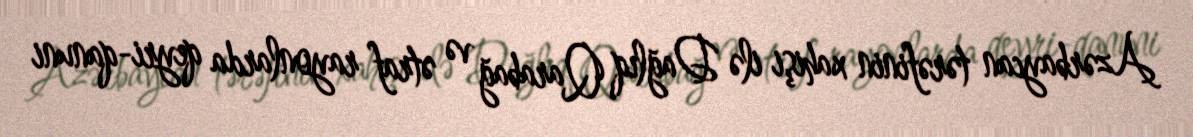
Azərbaycan tərəfinin xahişi ilə Dağlıq Qarabağ və ətraf rayonlarda qeyri-qanuni